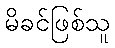
မိခင်ဖြစ်သူ